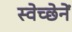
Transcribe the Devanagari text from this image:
स्वेच्छेनें